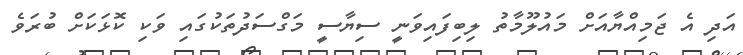
އަދި އެ ޖަމިއްޔާއަށް މައުލޫމާތު ލިބިފައިވަނީ ސިޔާސީ މަގްސަދުތަކުގައި ވަކި ކޮޅަކަށް ބުރަވެ